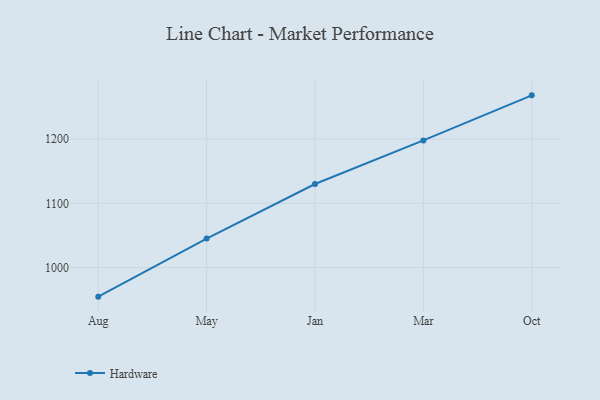
{"axis": {"x": "Month", "y": "Headcount"}, "legend": ["Hardware"], "data": [{"x": "Aug", "y": 954.8, "type": "Hardware"}, {"x": "May", "y": 1045.2, "type": "Hardware"}, {"x": "Jan", "y": 1130.0, "type": "Hardware"}, {"x": "Mar", "y": 1197.8, "type": "Hardware"}, {"x": "Oct", "y": 1267.9, "type": "Hardware"}]}